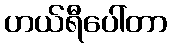
ဟယ်ရီပေါ်တာ